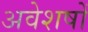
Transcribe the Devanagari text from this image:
अवेशषों